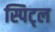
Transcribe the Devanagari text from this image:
स्पिट्ल